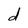
Character: d